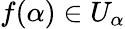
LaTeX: f(\alpha)\in U_{\alpha}